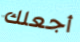
أجعلك